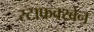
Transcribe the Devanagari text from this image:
स्टाफक्खेन